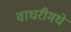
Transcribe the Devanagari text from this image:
वाघरीमधे